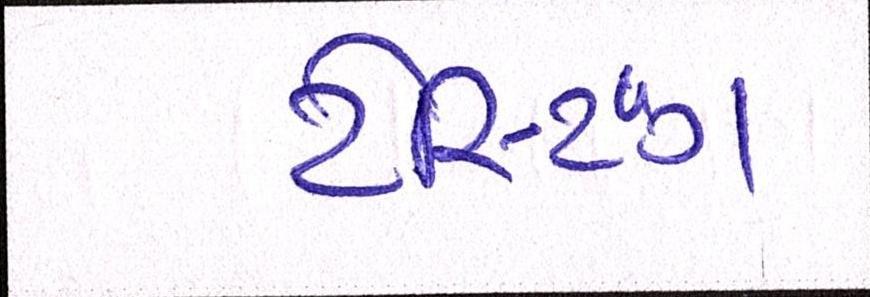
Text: ટેસ્ટિંગ